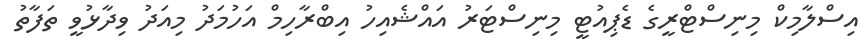
އިސްލާމިކް މިނިސްޓްރީގެ ޑެޕިއުޓީ މިނިސްޓަރު އައްޝެއިހު އިބްރާހިމް އަހުމަދު މިއަދު ވިދާޅުވީ ތަފާތު